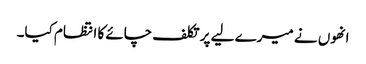
انھوں نے میرے لیے پر تکلف چائے کا انتظام کیا۔